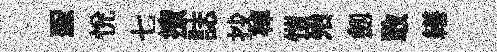
聖恱七撩誌抄棹愷殆劔敢繕